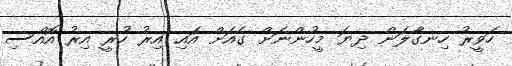
ހަވީރު ހިނގާލަން ދިޔަ މީހުންނަށް ގެއަށް އައި އިރު ހުރީ އިރު އޮއްސި